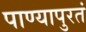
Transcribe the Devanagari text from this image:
पाण्यापुरतं